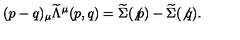
( p - q ) _ { \mu } { \widetilde { \Lambda } } ^ { \mu } ( p , q ) = \widetilde { \Sigma } ( \not { p } ) - \widetilde { \Sigma } ( \not { q } ) .